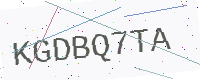
Text: KGDBQ7TA